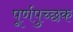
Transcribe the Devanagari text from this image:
पूर्णपुच्छक